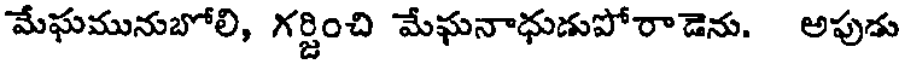
మేఘమునుబోలి, గర్జించి మేఘనాధుడుపోరాడెను. అపుడు